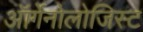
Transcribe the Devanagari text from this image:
ऑर्गेनोलोजिस्ट